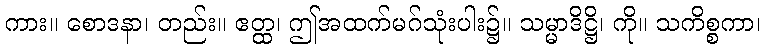
ကား။ စောဒနာ၊ တည်း။ ဧတ္ထ၊ ဤအထက်မဂ်သုံးပါး၌။ သမ္မာဒိဋ္ဌိ၊ ကို။ သကိစ္စကာ၊